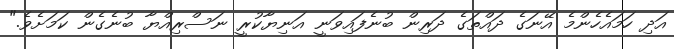
އަދި ހަމައެހެންމެ އޭނަގެ ދައްތަގެ ދަރިން ބުނެފައިވަނީ އަނިޔާކުރީ ނަސްރިއްޔާ ބުނެގެން ކަމަށެވެ."